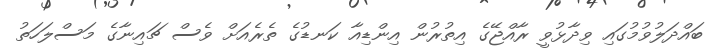
ބައްދަލުވުމުގައި ވިދާޅުވީ ރާއްޖޭގެ އިތުރުން އިންޑިއާ ކަނޑުގެ ތެރެއަށް ވެސް ޗައިނާގެ މަސްލަހަތު